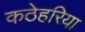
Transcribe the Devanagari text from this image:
कठेहरिया